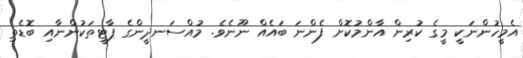
އެމީހުންނަކީ މީގެ ކުރިން އާންމުކޮށް ފެންނަ ބައެއް ނޫނެވެ. މުއްސަނދީންގެ ޕާޓީތަކުންނާއި ބޮޑެތި